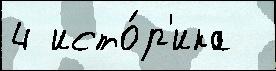
4 исто́р'ика